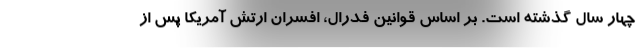
چهار سال گذشته است. بر اساس قوانین فدرال، افسران ارتش آمریکا پس از